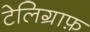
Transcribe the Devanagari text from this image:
टेलिग्राफ़